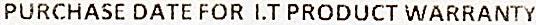
PURCHASE DATE FOR I.T PRODUCT WARRANTY